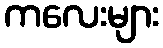
ကလေးများ